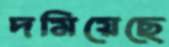
দমিয়েছে